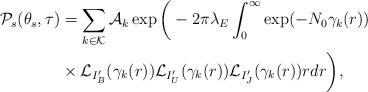
LaTeX: \begin{align*}\mathcal{P}_s(\theta_s, \tau) &= \sum_{k \in \mathcal{K}}\mathcal{A}_k \exp \bigg( -2 \pi \lambda_E \int_{0}^{\infty} \exp(-N_0 \gamma_{k}(r)) \\&\times \mathcal{L}_{I'_B}(\gamma_{k}(r)) \mathcal{L}_{I'_U}(\gamma_{k}(r)) \mathcal{L}_{I'_J}(\gamma_{k}(r)) r dr\bigg),\end{align*}